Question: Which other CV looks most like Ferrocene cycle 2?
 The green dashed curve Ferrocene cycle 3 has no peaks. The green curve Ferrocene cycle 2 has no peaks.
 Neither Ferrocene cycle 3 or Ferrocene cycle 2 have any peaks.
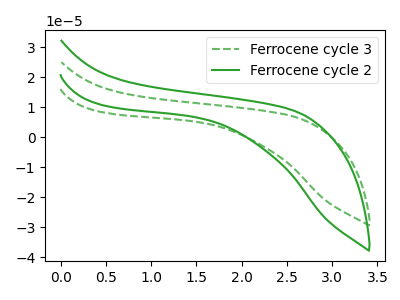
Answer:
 <answer>The CV with the most similar shape to "Ferrocene cycle 3" is "Ferrocene cycle 2".</answer>
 <eval>"Ferrocene cycle 2"</eval>